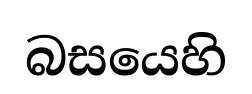
බසයෙහි